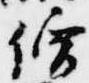
僧